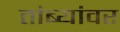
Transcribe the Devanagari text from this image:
तांब्यांवर